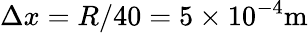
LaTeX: \Delta x=R/40=5\times 10^{-4}\mathrm{m}